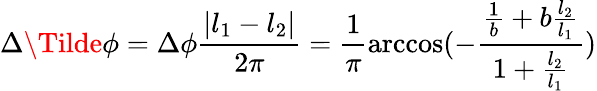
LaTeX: \Delta\Tilde{\phi}=\Delta\phi\frac{|l_{1}-l_{2}|}{2\pi}=\frac{1}{\pi}\operatorname{arccos}(-\frac{\frac{1}{b}+b\frac{l_{2}}{l_{1}}}{1+\frac{l_{2}}{l_{1}}})